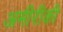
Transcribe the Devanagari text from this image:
अमीरीकी